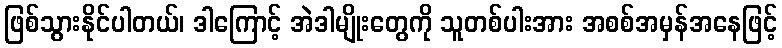
ဖြစ်သွားနိုင်ပါတယ်၊ ဒါကြောင့် အဲဒါမျိုးတွေကို သူတစ်ပါးအား အစစ်အမှန်အနေဖြင့်